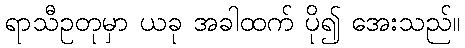
ရာသီဥတုမှာ ယခု အခါထက် ပို၍ အေးသည်။